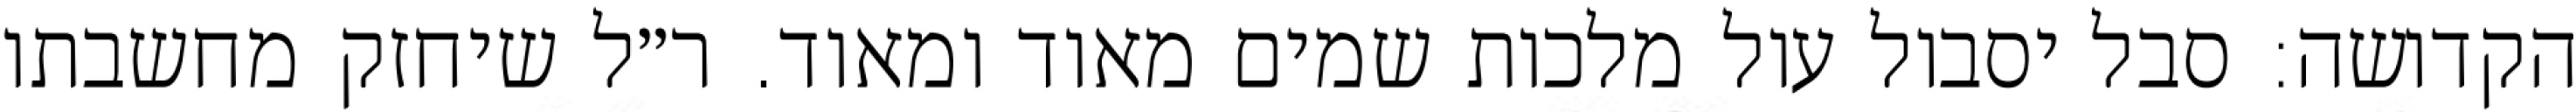
הקדושה: סבל יסבול עול מלכות שמים מאוד ומאוד. ר״ל שיחזק מחשבתו